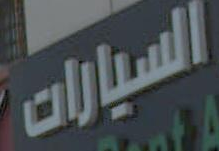
السيارات